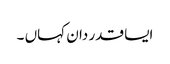
ایسا قدر دان کہاں ۔